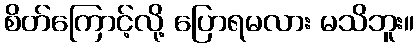
စိတ်ကြောင့်လို့ ပြောရမလား မသိဘူး။